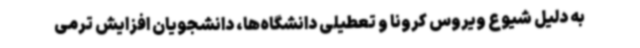
به دلیل شیوع ویروس کرونا و تعطیلی دانشگاه‌ها، دانشجویان افزایش ترمی